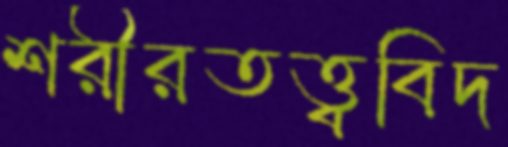
শরীরতত্ত্ববিদ